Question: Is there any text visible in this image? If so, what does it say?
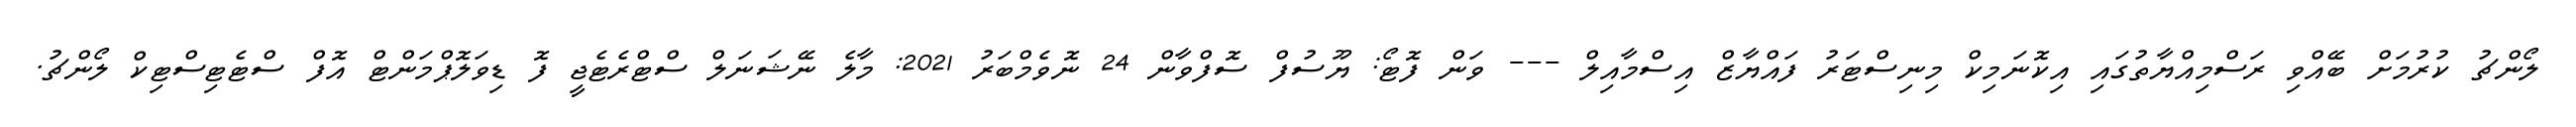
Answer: ލޯންޗު ކުރުމަށް ބޭއްވި ރަސްމިއްޔާތުގައި އިކޮނަމިކް މިނިސްޓަރު ފައްޔާޒް އިސްމާއިލް --- ވަން ފޮޓޯ: ޔޫސުފް ސޮފްވާން 24 ނޮވެމްބަރު 2021: މާލެ ނޭޝަނަލް ސްޓްރެޓެޖީ ފޮ ޑިވަލޮޕްމަންޓް އޮފް ސްޓެޓިސްޓިކް ލޯންޗު.